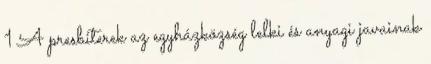
1 A presbiterek az egyházközség lelki és anyagi javainak